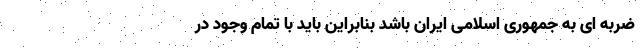
ضربه ای به جمهوری اسلامی ایران باشد بنابراین باید با تمام وجود در